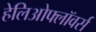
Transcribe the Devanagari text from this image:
हेलिओफ्लॉवर्स